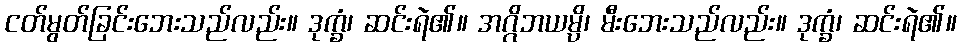
ငတ်မွတ်ခြင်းဘေးသည်လည်း။ ဒုက္ခံ၊ ဆင်းရဲ၏။ အဂ္ဂိဘယမ္ပိ၊ မီးဘေးသည်လည်း။ ဒုက္ခံ၊ ဆင်းရဲ၏။